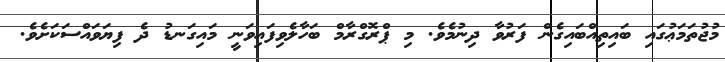
މުޖުތަމަޢުގައި ބައިތިއްބައިގެން ފަރުވާ ދިނުމެވެ. މި ޕްރޮގްރާމް ބަހާލެވިފައިވަނީ މައިގަނޑު ދެ ފިޔަވައްސަކަށެވެ.